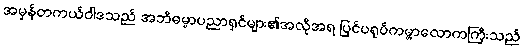
အမှန်တကယ်ဝါဒသည် အဘိဓမ္မာပညာရှင်များ၏အလိုအရ ပြင်ပရုပ်ကမ္ဘာလောကကြီးသည်